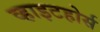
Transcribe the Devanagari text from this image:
व्हाइटहोर्स